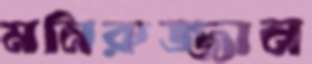
মনিরুজ্জান